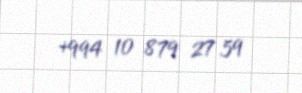
+994 10 879 27 59